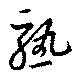
熟